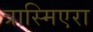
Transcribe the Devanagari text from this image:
त्रास्मिएरा